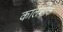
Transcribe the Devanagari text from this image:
कालशोक